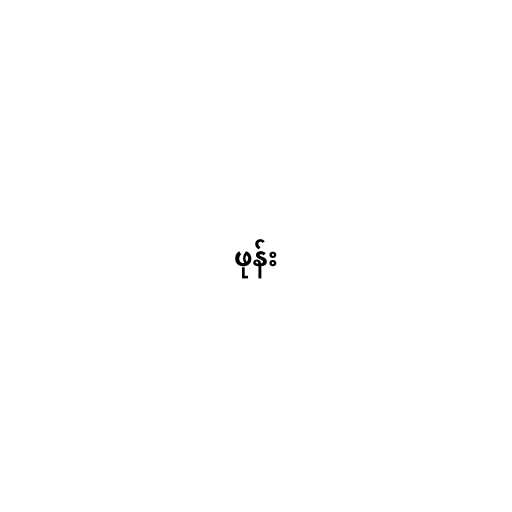
ဖုန်း